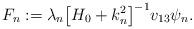
LaTeX: \begin{align*} F_n := \lambda_n \bigl[H_0 + k_n^2\bigr]^{-1} v_{13} \psi_n . \end{align*}